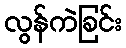
လွန်ကဲခြင်း